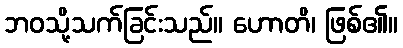
ဘဝသို့သက်ခြင်းသည်။ ဟောတိ၊ ဖြစ်၏။